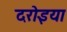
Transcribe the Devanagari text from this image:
दरोइया